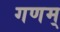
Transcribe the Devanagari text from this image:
गणम्